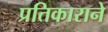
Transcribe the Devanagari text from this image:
प्रतिकाराने